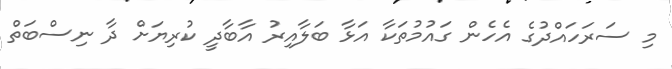
މި ސަރަހައްދުގެ އެހެން ގައުމުތަކާ އަޅާ ބަލާއިރު އާބާދީ ކުރިޔަށް ދާ ނިސްބަތް